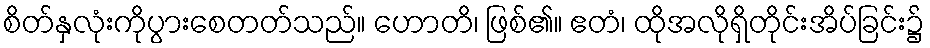
စိတ်နှလုံးကိုပွားစေတတ်သည်။ ဟောတိ၊ ဖြစ်၏။ ဧတံ၊ ထိုအလိုရှိတိုင်းအိပ်ခြင်း၌